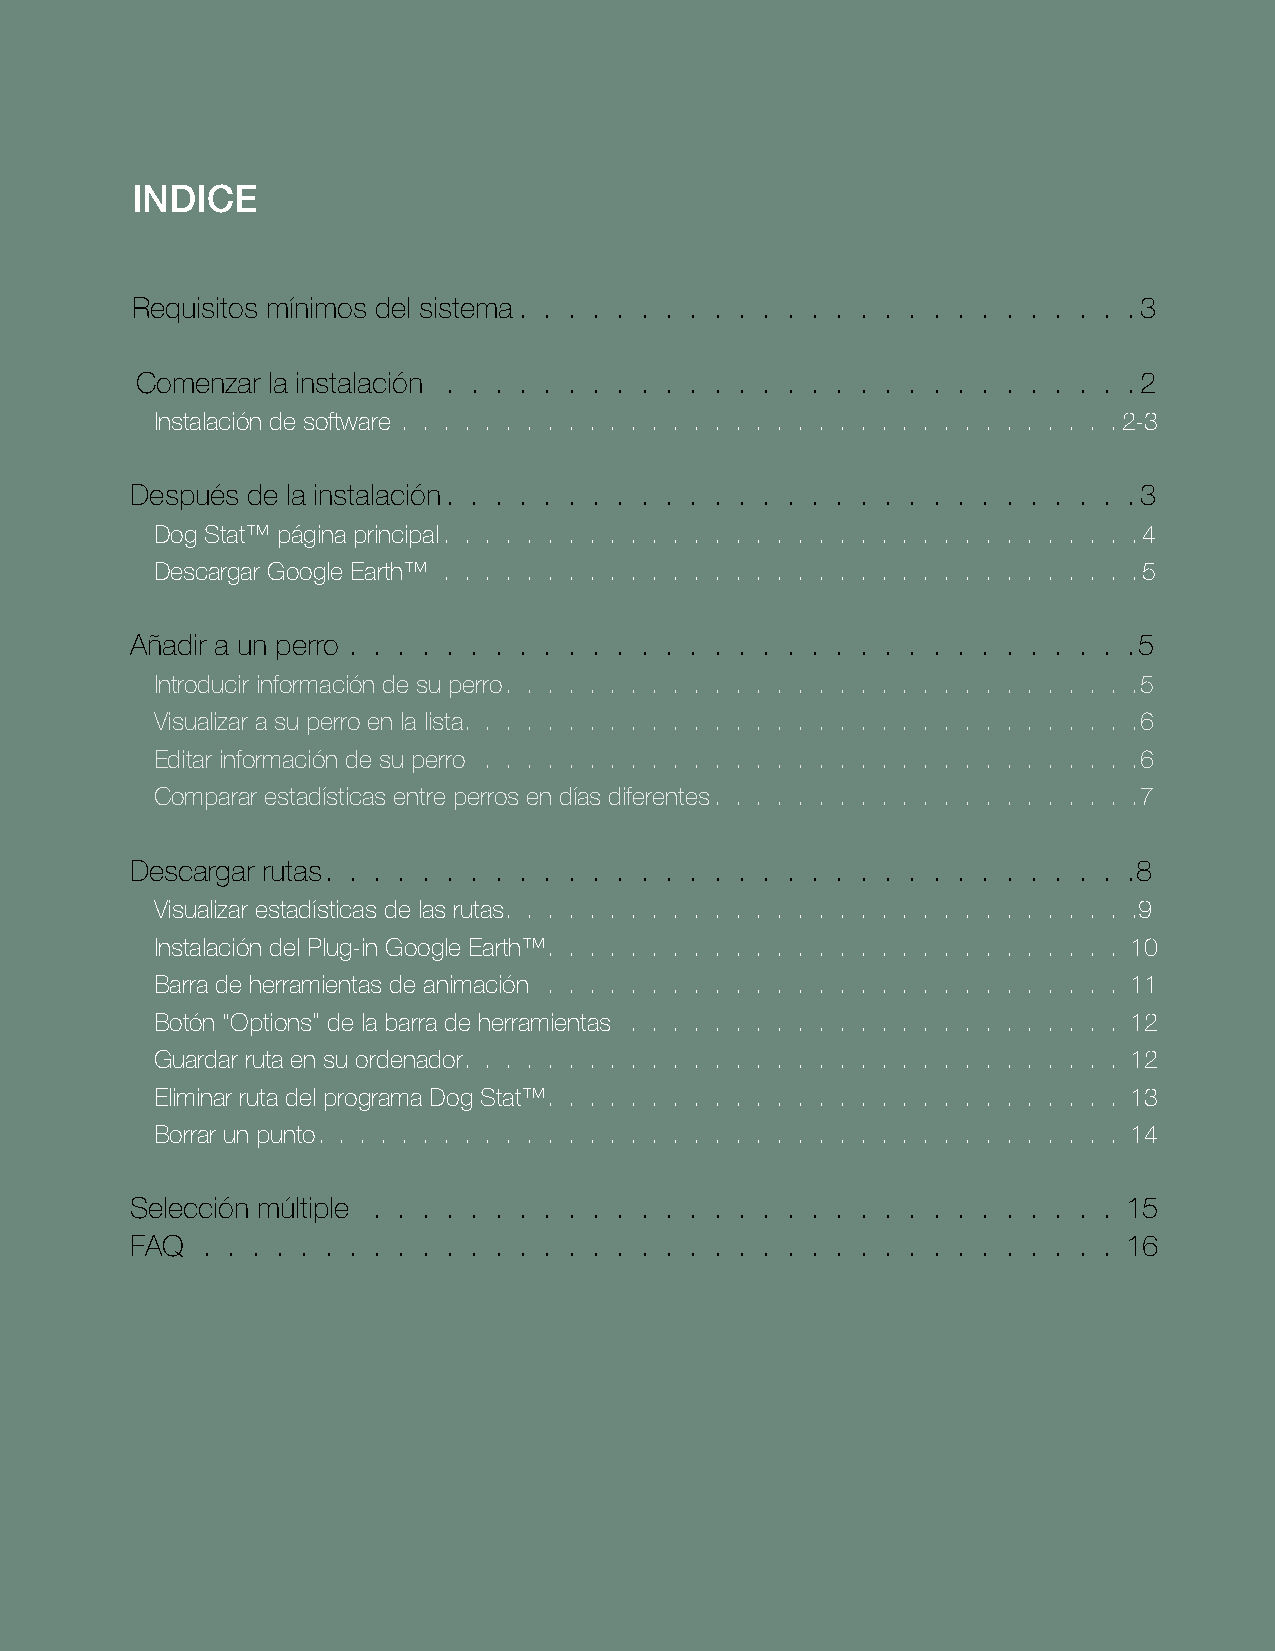
INDICE
 Requisitos mínimos del sistema                                    3
 Comenzar la instalación                                            2
 Instalación de software                                         2-3
 Después de la instalación                                         3
 Dog Stat™ página principal                                        4
 Descargar Google Earth™                                           5
 Añadir a un perro                                                 5
 Introducir información de su perro                               5
 Visualizar a su perro en la lista                                6
 Editar información de su perro                                   6
 Comparar estadísticas entre perros en días diferentes            7
 Descargar rutas                                                   8
 Visualizar estadísticas de las rutas                             9
 Instalación del Plug-in Google Earth™                            10
 Barra de herramientas de animación                               11
 Botón “Options” de la barra de herramientas                      12
 Guardar ruta en su ordenador                                     12
 Eliminar ruta del programa Dog Stat™                             13
 Borrar un punto                                                  14
 Selección múltiple                                                15
 FAQ                                                               16